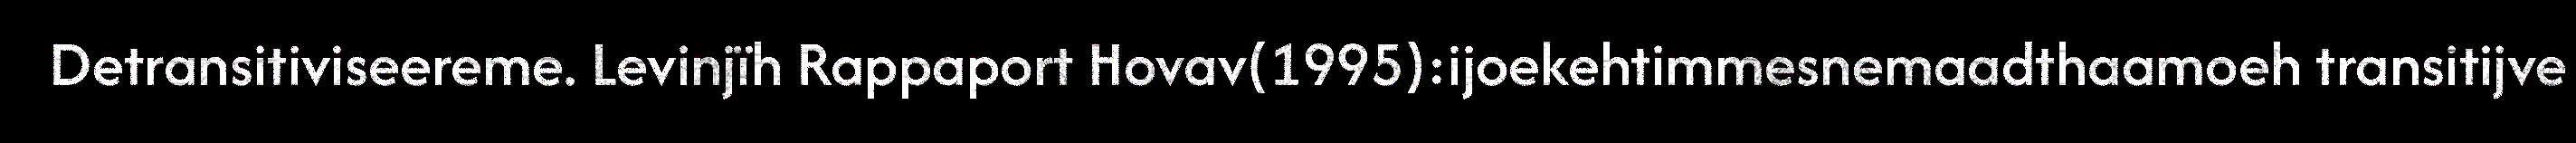
Detransitiviseereme. Levinjïh Rappaport Hovav(1995):ijoekehtimmesnemaadthaamoeh transitijve